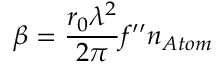
\beta = { \frac { r _ { 0 } \lambda ^ { 2 } } { 2 \pi } } f ^ { \prime \prime } n _ { A t o m }